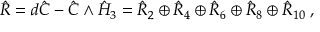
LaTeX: \hat { R } = d \hat { C } - \hat { C } \wedge \hat { H } _ { 3 } = \hat { R } _ { 2 } \oplus \hat { R } _ { 4 } \oplus \hat { R } _ { 6 } \oplus \hat { R } _ { 8 } \oplus \hat { R } _ { 1 0 } \; ,